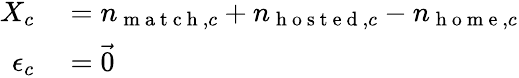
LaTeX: \begin{array}{rl}{X_{c}}&{{}=n_{\mathrm{~m~a~t~c~h~},c}+n_{\mathrm{~h~o~s~t~e~d~},c}-n_{\mathrm{~h~o~m~e~},c}}\\ {\epsilon_{c}}&{{}=\vec{0}}\end{array}